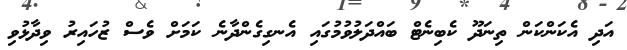
އަދި އެކަންކަން ތިނަދޫ ކެބިނެޓް ބައްދަލުވުމުގައި އެނގިގެންދާނެ ކަމަށް ވެސް ޒުހައިރު ވިދާޅުވި